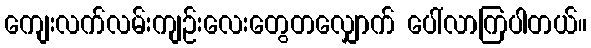
ကျေးလက်လမ်းကျဉ်းလေးတွေတလျှောက် ပေါ်လာကြပါတယ်။